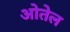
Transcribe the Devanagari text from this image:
ओतेल